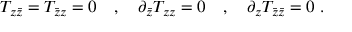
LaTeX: T _ { z { \bar { z } } } = T _ { { \bar { z } } z } = 0 \quad , \quad \partial _ { \bar { z } } T _ { z z } = 0 \quad , \quad \partial _ { z } T _ { { \bar { z } } { \bar { z } } } = 0 \ .